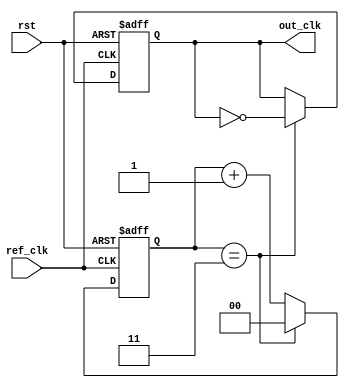
module pll (
    input wire ref_clk,         // Reference clock input
    input wire rst,            // Reset signal
    output reg out_clk         // Output clock
);

// Parameters
parameter DIV_FACTOR = 4;    // Division factor for output clock
parameter VCO_MAX_FREQ = 100; // Max frequency of VCO
parameter VCO_MIN_FREQ = 10;  // Min frequency of VCO

// Internal signals
reg [7:0] vco_control;        // Control voltage for VCO
reg [7:0] vco_freq;           // Frequency of VCO
reg phase_error;              // Phase error signal
reg [3:0] loop_filter;        // Loop filter output

// Phase Detector
always @(posedge ref_clk or posedge rst) begin
    if (rst) begin
        phase_error <= 0;
    end else begin
        // Simple phase detection logic
        if (out_clk) begin
            phase_error <= 1; // Out_clk is leading
        end else begin
            phase_error <= 0; // Out_clk is lagging
        end
    end
end

// Loop Filter (Simple first-order filter)
always @(posedge ref_clk or posedge rst) begin
    if (rst) begin
        loop_filter <= 0;
    end else begin
        loop_filter <= loop_filter + (phase_error ? 1 : -1);
    end
end

// Voltage-Controlled Oscillator (VCO)
always @(posedge ref_clk or posedge rst) begin
    if (rst) begin
        vco_freq <= VCO_MIN_FREQ; // Initialize VCO frequency
    end else begin
        // Adjust VCO frequency based on loop filter output
        if (loop_filter > 4) begin
            vco_freq <= (vco_freq < VCO_MAX_FREQ) ? vco_freq + 1 : VCO_MAX_FREQ;
        end else if (loop_filter < 4) begin
            vco_freq <= (vco_freq > VCO_MIN_FREQ) ? vco_freq - 1 : VCO_MIN_FREQ;
        end
    end
end

// Output Divider
reg [1:0] clk_div_counter; // Counter for dividing VCO output
always @(posedge ref_clk or posedge rst) begin
    if (rst) begin
        clk_div_counter <= 0;
        out_clk <= 0;
    end else begin
        if (clk_div_counter == DIV_FACTOR - 1) begin
            out_clk <= ~out_clk; // Toggle output clock
            clk_div_counter <= 0; // Reset counter
        end else begin
            clk_div_counter <= clk_div_counter + 1; // Increment counter
        end
    end
end

endmodule